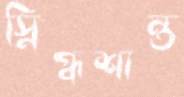
স্নিগ্ধশান্ত